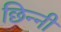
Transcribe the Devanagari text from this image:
छिन्‍नी